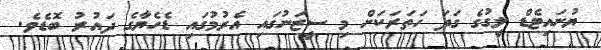
ޔުނައިޓެޑް ލީގުގެ ގަދަ ހަތަރަކަށް މި ސީޒަނުގައި އެރުމުގައި ޑެހެޔާގެ ދައުރު ބޮޑެވެ.